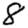
Digit: 8